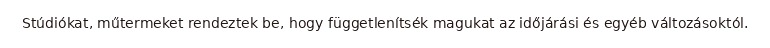
Stúdiókat, műtermeket rendeztek be, hogy függetlenítsék magukat az időjárási és egyéb változásoktól.